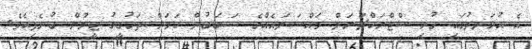
އެ އުޅަނދުގައި ހުރި ސްޓްރަކްޗަރަލް މައްސަލައެއްގެ ސަބަބުން ކަމަށް ތަހުގީގު ޓީމުން ބުނެފިއެވެ.